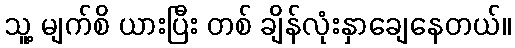
သူ့ မျက်စိ ယားပြီး တစ် ချိန်လုံးနှာချေနေတယ်။